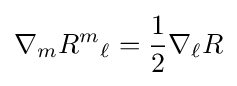
\nabla _{m}R^{m}{}_{\ell }={1 \over 2}\nabla _{\ell }R